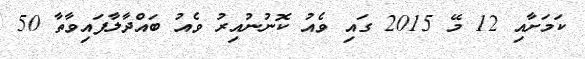
ކަމަށާއި 12 މޭ 2015 ގައި ވެއު ކޮނުނުއިރު ވެއު ބައްދާލާފައިވާތާ 50